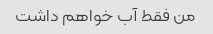
من فقط آب خواهم داشت